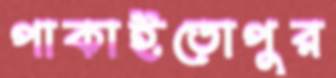
পাকাইতোপুর